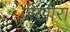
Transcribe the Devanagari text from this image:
ज़ख़ीरा